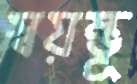
স্বয়ম্ভূ